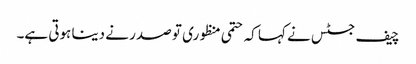
چیف جسٹس نے کہا کہ حتمی منظوری تو صدر نے دینا ہوتی ہے۔